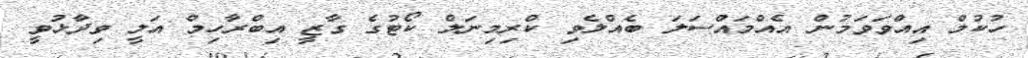
ހުކުމް އިއްވަވަމުން އެއްމައްސަލަ ބެއްލެވި ކްރިމިނަލް ކޯޓުގެ ގާޒީ އިބްރާހިމް އަލީ ވިދާޅުވީ